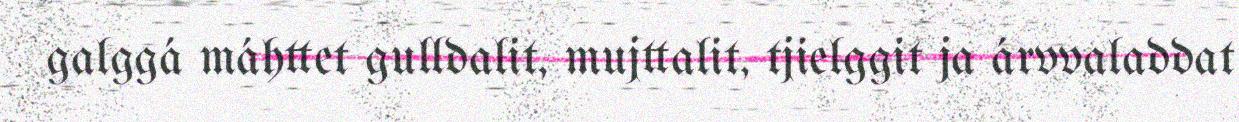
galggá máhttet gulldalit, mujttalit, tjielggit ja árvvaladdat